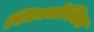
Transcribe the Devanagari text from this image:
स्विजलेस्थिक